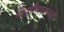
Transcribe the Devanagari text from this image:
श्रीवर्धनवरूनही